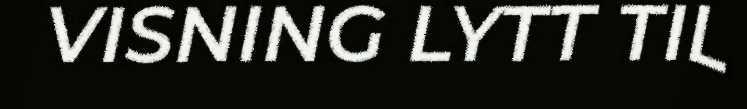
VISNING LYTT TIL